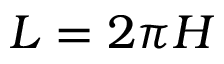
L = 2 \pi H